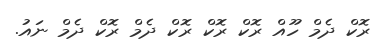
ރޮކް ދެމް ހޫއް ރޮކް ރޮކް ރޮކް ދެމް ރޮކް ދެމް ނައު.